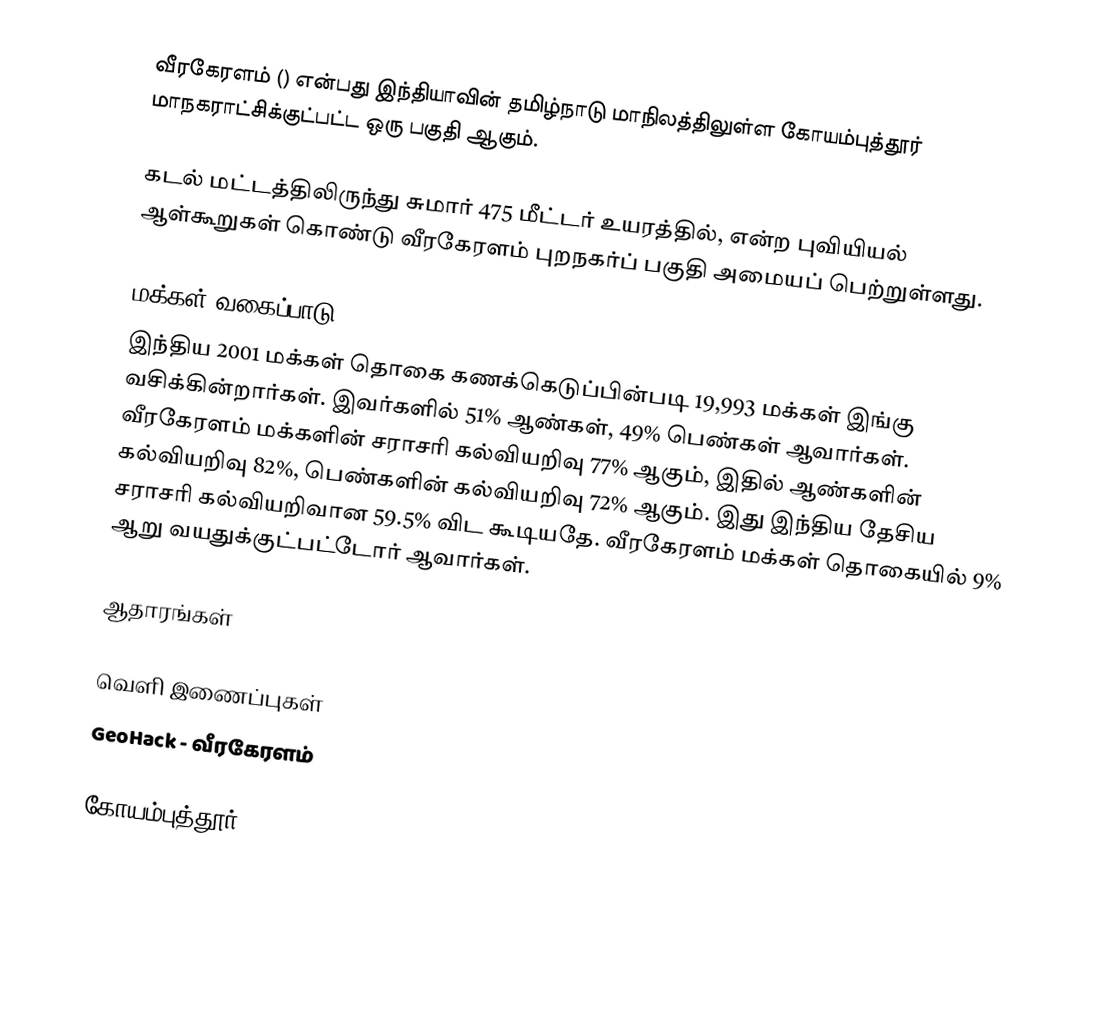
வீரகேரளம் () என்பது இந்தியாவின் தமிழ்நாடு மாநிலத்திலுள்ள கோயம்புத்தூர் மாநகராட்சிக்குட்பட்ட ஒரு  பகுதி ஆகும்.

கடல் மட்டத்திலிருந்து சுமார் 475 மீட்டர் உயரத்தில்,  என்ற புவியியல் ஆள்கூறுகள் கொண்டு வீரகேரளம் புறநகர்ப் பகுதி அமையப் பெற்றுள்ளது.

மக்கள் வகைப்பாடு
இந்திய 2001 மக்கள் தொகை கணக்கெடுப்பின்படி 19,993 மக்கள் இங்கு வசிக்கின்றார்கள். இவர்களில் 51% ஆண்கள், 49% பெண்கள் ஆவார்கள். வீரகேரளம் மக்களின் சராசரி கல்வியறிவு 77% ஆகும்,  இதில் ஆண்களின் கல்வியறிவு 82%,  பெண்களின் கல்வியறிவு 72% ஆகும். இது இந்திய தேசிய சராசரி கல்வியறிவான 59.5% விட கூடியதே. வீரகேரளம் மக்கள் தொகையில் 9%  ஆறு வயதுக்குட்பட்டோர் ஆவார்கள்.

ஆதாரங்கள்

வெளி இணைப்புகள்
 GeoHack - வீரகேரளம்

கோயம்புத்தூர்